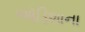
ઑડિશાના